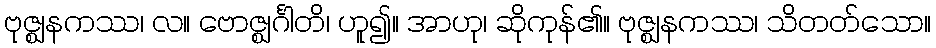
ဗုဇ္ဈနကဿ၊ လ။ ဗောဇ္ဈင်္ဂါတိ၊ ဟူ၍။ အာဟု၊ ဆိုကုန်၏။ ဗုဇ္ဈနကဿ၊ သိတတ်သော။